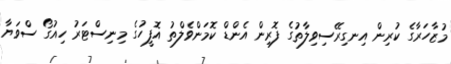
މުޒާހަރާގެ ކުރިން އިނގިރޭސިވިލާތުގެ ފޮރިން އެންޑް ކޮމަންވެލްތު އޮފީހުގެ މިނިސްޓަރު ހިއުގޯ ސްވަޔާ